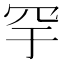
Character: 𬙗